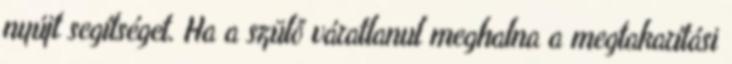
nyújt segítséget. Ha a szülő váratlanul meghalna a megtakarítási